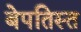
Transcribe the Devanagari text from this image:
बेपतिस्त